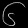
Digit: ၆